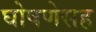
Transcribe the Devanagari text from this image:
घोषणेसह